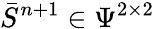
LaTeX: \bar{S}^{n+1}\in\Psi^{2\times 2}